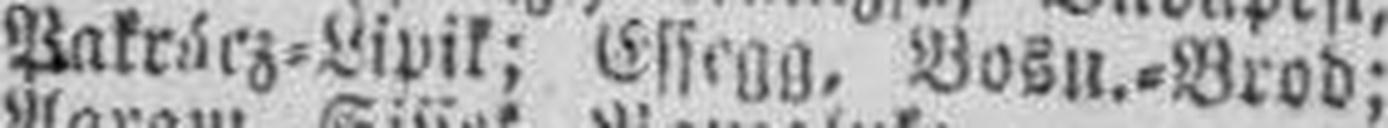
Pakrácz=Lipik; Essegg, Bosn.=Brod;